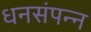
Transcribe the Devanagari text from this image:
धनसंपन्न